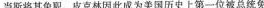
当斯将其免取。皮克林因此成为美国历史上第一位被总统免